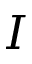
I